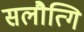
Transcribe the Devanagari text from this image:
सलौत्गि